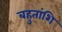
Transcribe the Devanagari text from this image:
बहुतांशि